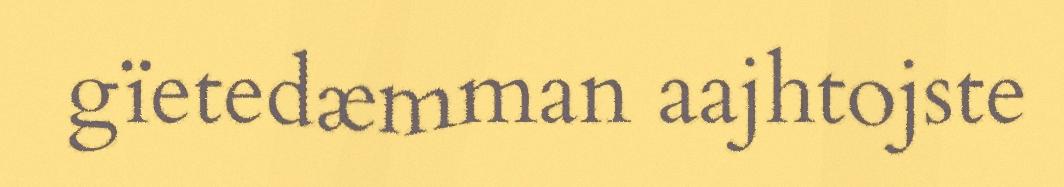
gïetedæmman aajhtojste